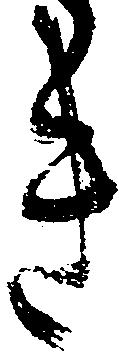
き